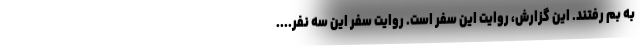
به بم رفتند. اين گزارش، روايت اين سفر است. روايت سفر اين سه نفر....